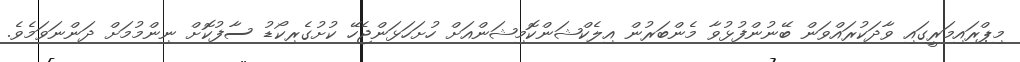
މިޕްރައިމަރީގައި ވާދަކުރައްވަން ބޭނުންފުޅުވާ މެންބަރުން އިލެކްޝަންކޮމިޝަންއަށް ހުށަހަޅަންޖެހޭ ކުށުގެރިކޯޑު ސާފުކޮށް ނިންމުމަށް ދަންނަވަމެވެ.